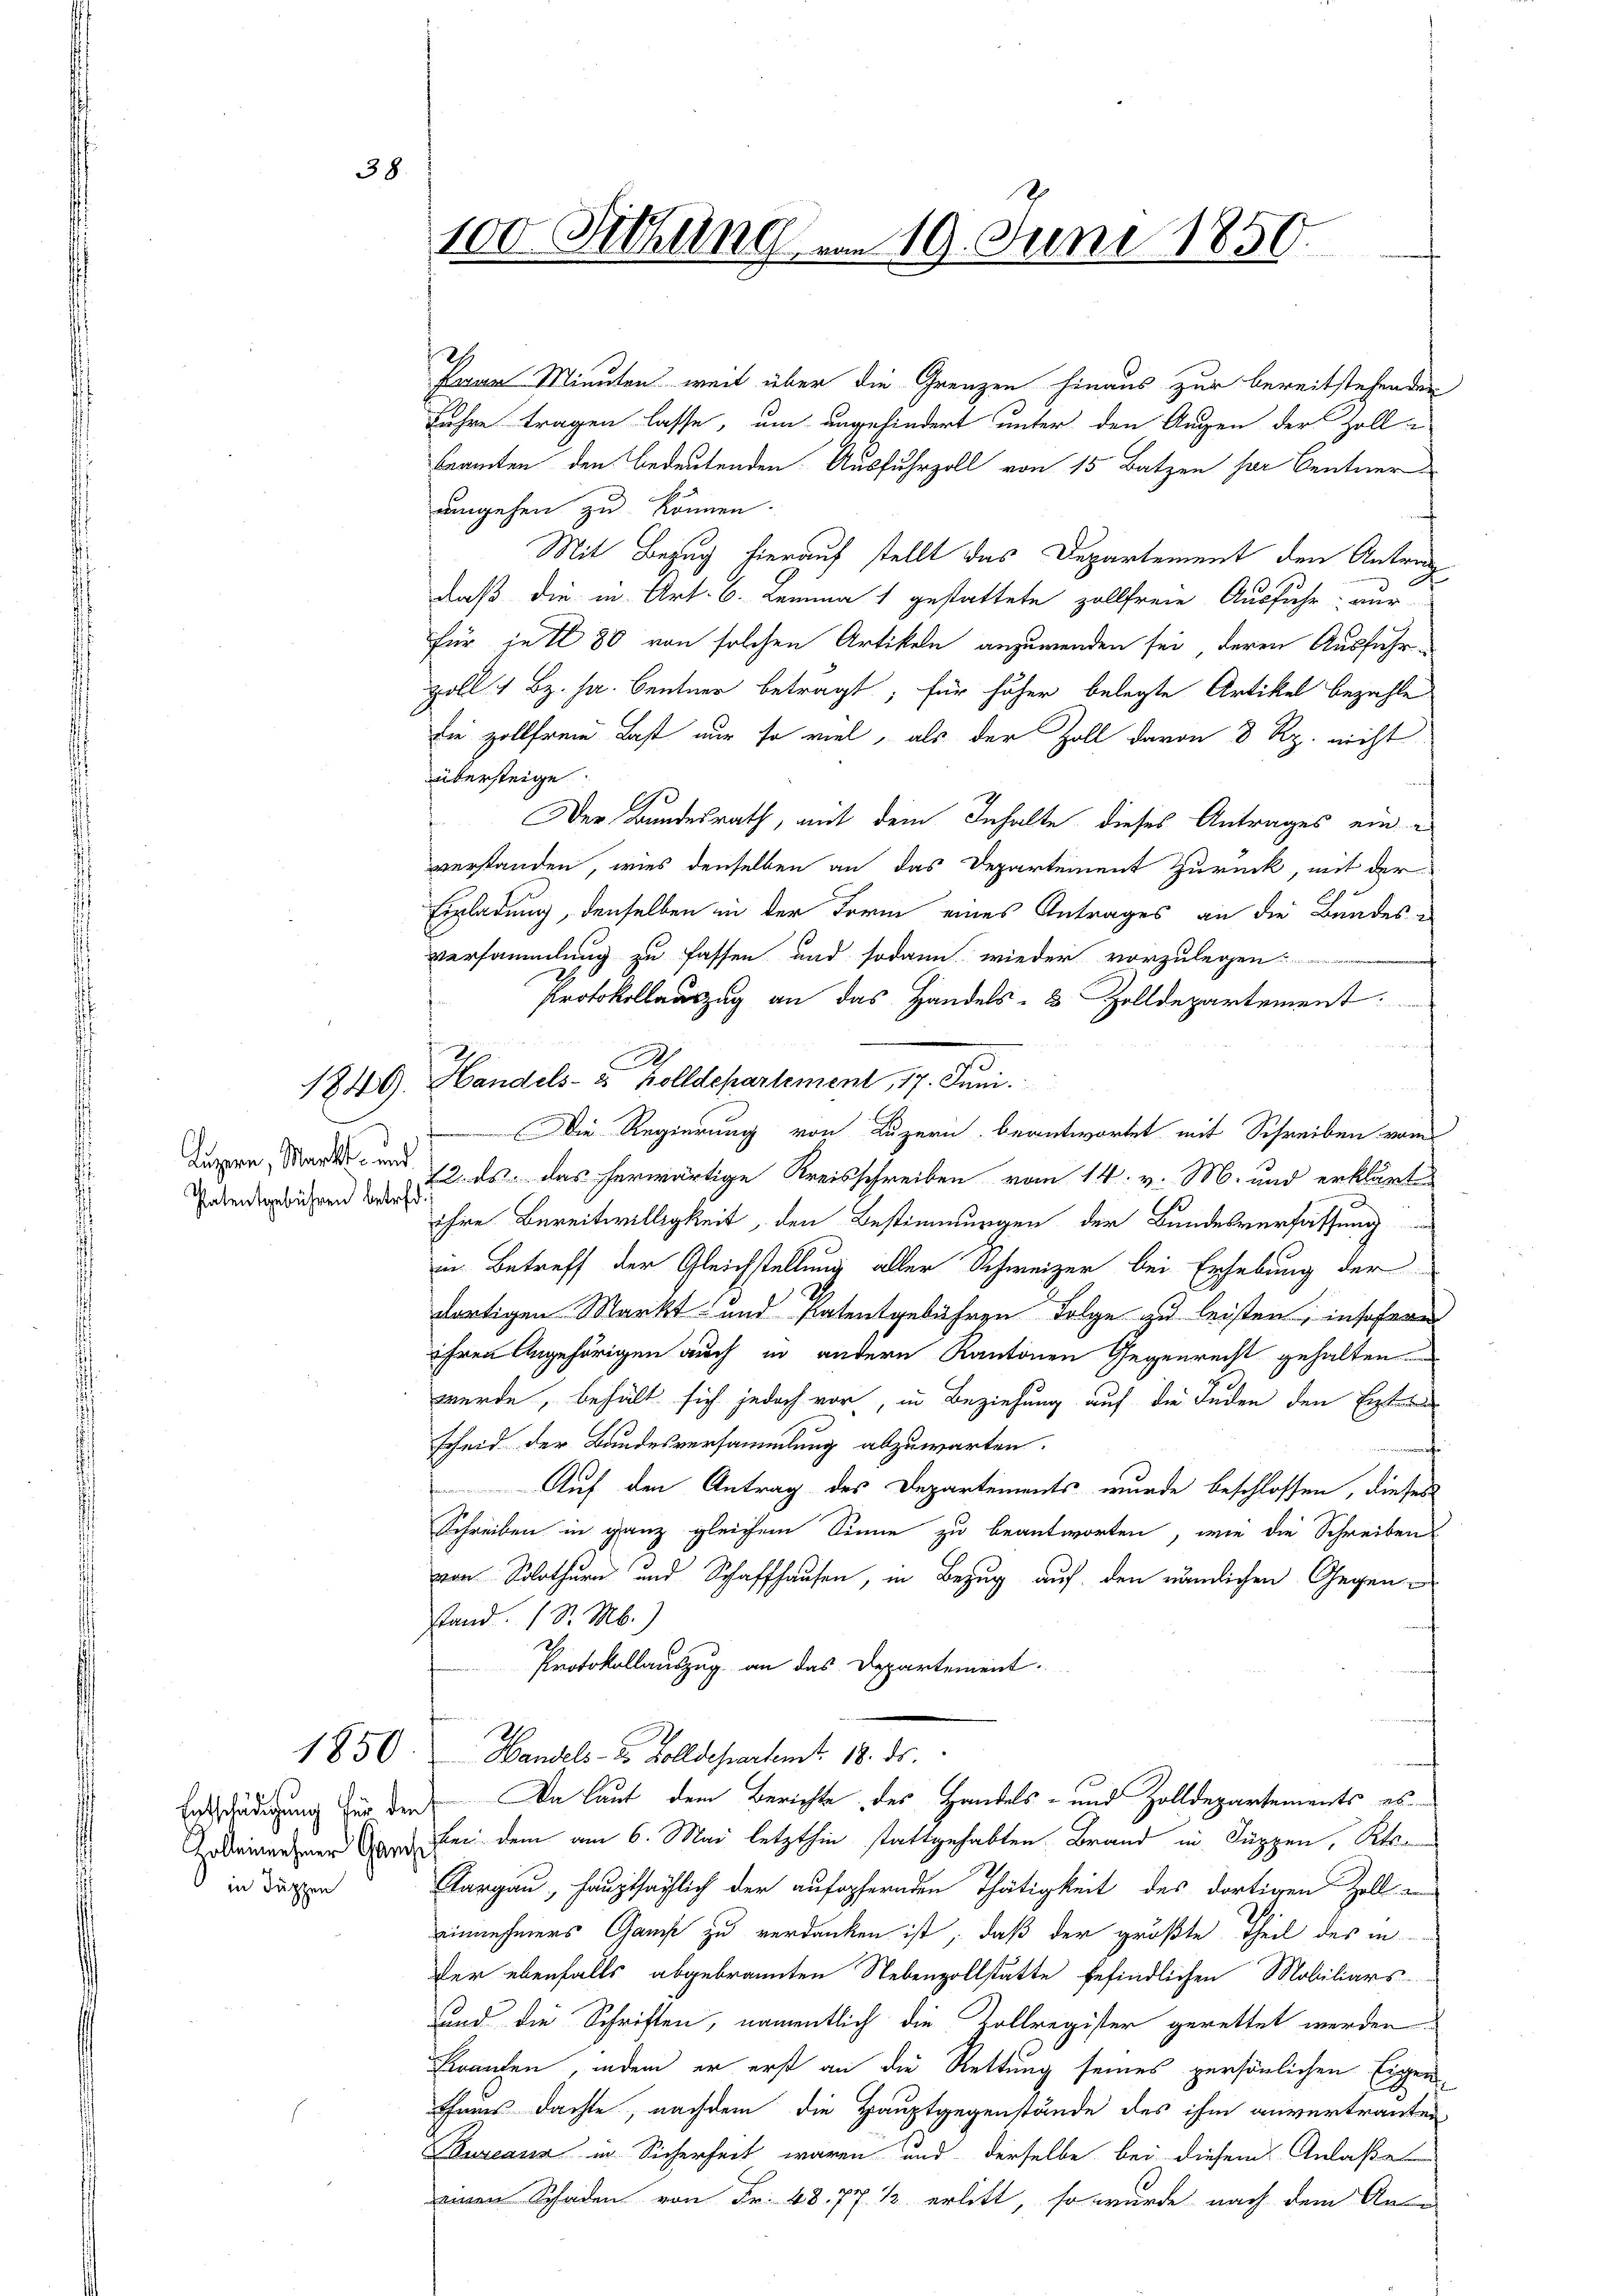
38

1850

in Suppen

Pran Minuten, weil über die Grenzen hinaus zur bereitstehenden
Jahre tragen lasse, um angehindert unter den Augen der Zoll-
Beamten den bedeutenden Ausfuhrzoll von 15 Batzen per Centner
umgehen zu können.
Mit Bezug hierauf stellt das Departement den Antrag
daß die in Art. 6. Lemma 1 gestattete zollfreie Ausfuhr, nur
für je 1 80 von solchen Artikeln anzuwenden sei, deren Ausführ-
Zoll 1 Bz. ha. Bentner beträgt, für höher belegte Artikel bezahle
sie zollfrei Last nur so viel, als der Zoll davon 8 Rp. nicht
übersteige
Der Bundesrath, mit dem Inhalte dieses Antrages einverstanden, wies denselben an das Departement Zurück, mit der
Einladung, denselben in der Form eines Antrages an die Bundes-
versammlung zu fassen und sodann wieder vorzulegen.
Protokollauszug an das Handels- & Zolldepartement:
1849. Handels- u. Zolldepartement, 17. Juni.
Die Regierung von Luzern beantwortet mit Schreiben vom
Daper, Mark und 12. ds. das herwärtige Kreisschreiben vom 14. v. M. und erklärte
Grandbichen der ihre Bereitwilligkeit, den Bestimmungen der Bundesverfassung
in Betreff der Gleichstellung aller Schweizer bei Erhebung der
dortigen Markt und Patentgebühren Folge zu leisten, insofern
ihren Angehörigen auch in andern Kantonen Gegenrecht gehalten
wurde, behält sich jedoch vor, in Beziehung auf die Juden den Ein
scheid der Bundesversammlung abzuwarten.
nemente
Auf den Antrag des Departements wurde beschlossen, dieses
Schreiben in ganz gleichem Sinne zu beantworten, wie die Schreiben
von Solothurn und Schaffhausen, in Bezug auf den nämlichen Gegenstand. (S. M.)
Protokollauszug an das Departement.
Handels- & Zolldepartent. 18. ds.
Entschädigung für der Da laut dem Berichte des Handels- und Zolldepartements es
Arbeinanzer bei dem am 6. Mai letzthin stattgehabten Brand in Kuppen, Kts.
Sargau, hauptsächlich der aufopfernden Thätigkeit des dortigen Zoll-
einnehmers Ganze zu verdanken ist, daß der größte Theil des in
der ebenfalls abgebrannten Nebenzollstätte befindlichen Mobiliars
und die Schriften, namentlich die Zollregister gerettet werden
Brauten, indem er erst an die Rettung seines persönlichen Eigenthaus dachte, nachdem die Hauptgegenstände des ihm anvertrauten,
Bureaus in Sicherheit waren und derselbe bei diesem Anlaßen
einen Schaden von Fr. 48. 77. 1 erlitt, so wurde nach dem An-

100. Sitzung vom 19. Juni 1850.